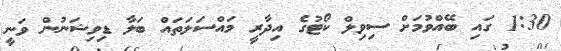
1:30 ގައި ބޭއްވުމަށް ސިވިލް ކޯޓުގެ އިދާރީ މައްސަލަތައް ބަލާ ޑިވިޝަނުން ވަނީ